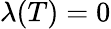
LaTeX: \lambda(T)=0